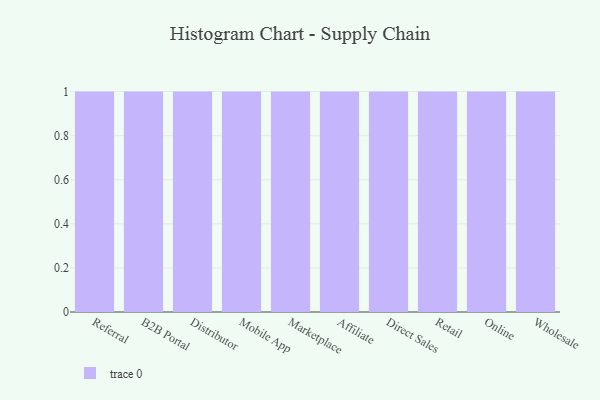
{"axis": {"x": "Channel", "y": "Page Views"}, "legend": [""], "data": [{"x": "Referral", "y": 43, "type": ""}, {"x": "B2B Portal", "y": 43, "type": ""}, {"x": "Distributor", "y": 94, "type": ""}, {"x": "Mobile App", "y": 47, "type": ""}, {"x": "Marketplace", "y": 53, "type": ""}, {"x": "Affiliate", "y": 58, "type": ""}, {"x": "Direct Sales", "y": 98, "type": ""}, {"x": "Retail", "y": 89, "type": ""}, {"x": "Online", "y": 25, "type": ""}, {"x": "Wholesale", "y": 92, "type": ""}]}